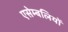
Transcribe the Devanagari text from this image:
एसेम्बलियों